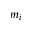
m _ { i }